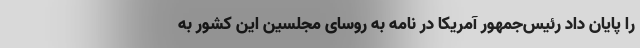
را پایان داد رئیس‌جمهور آمریکا در نامه به روسای مجلسین این کشور به